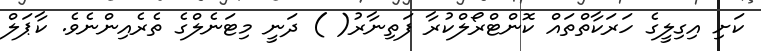
ކަށި އިގިލީގެ ހަރަކާތްތައް ކޮންޓްރޯލްކުރާ ފަތިނާރު( ) ދަނީ މިޓަނެލްގެ ތެރެއިންނެވެ. ކާޕަލް